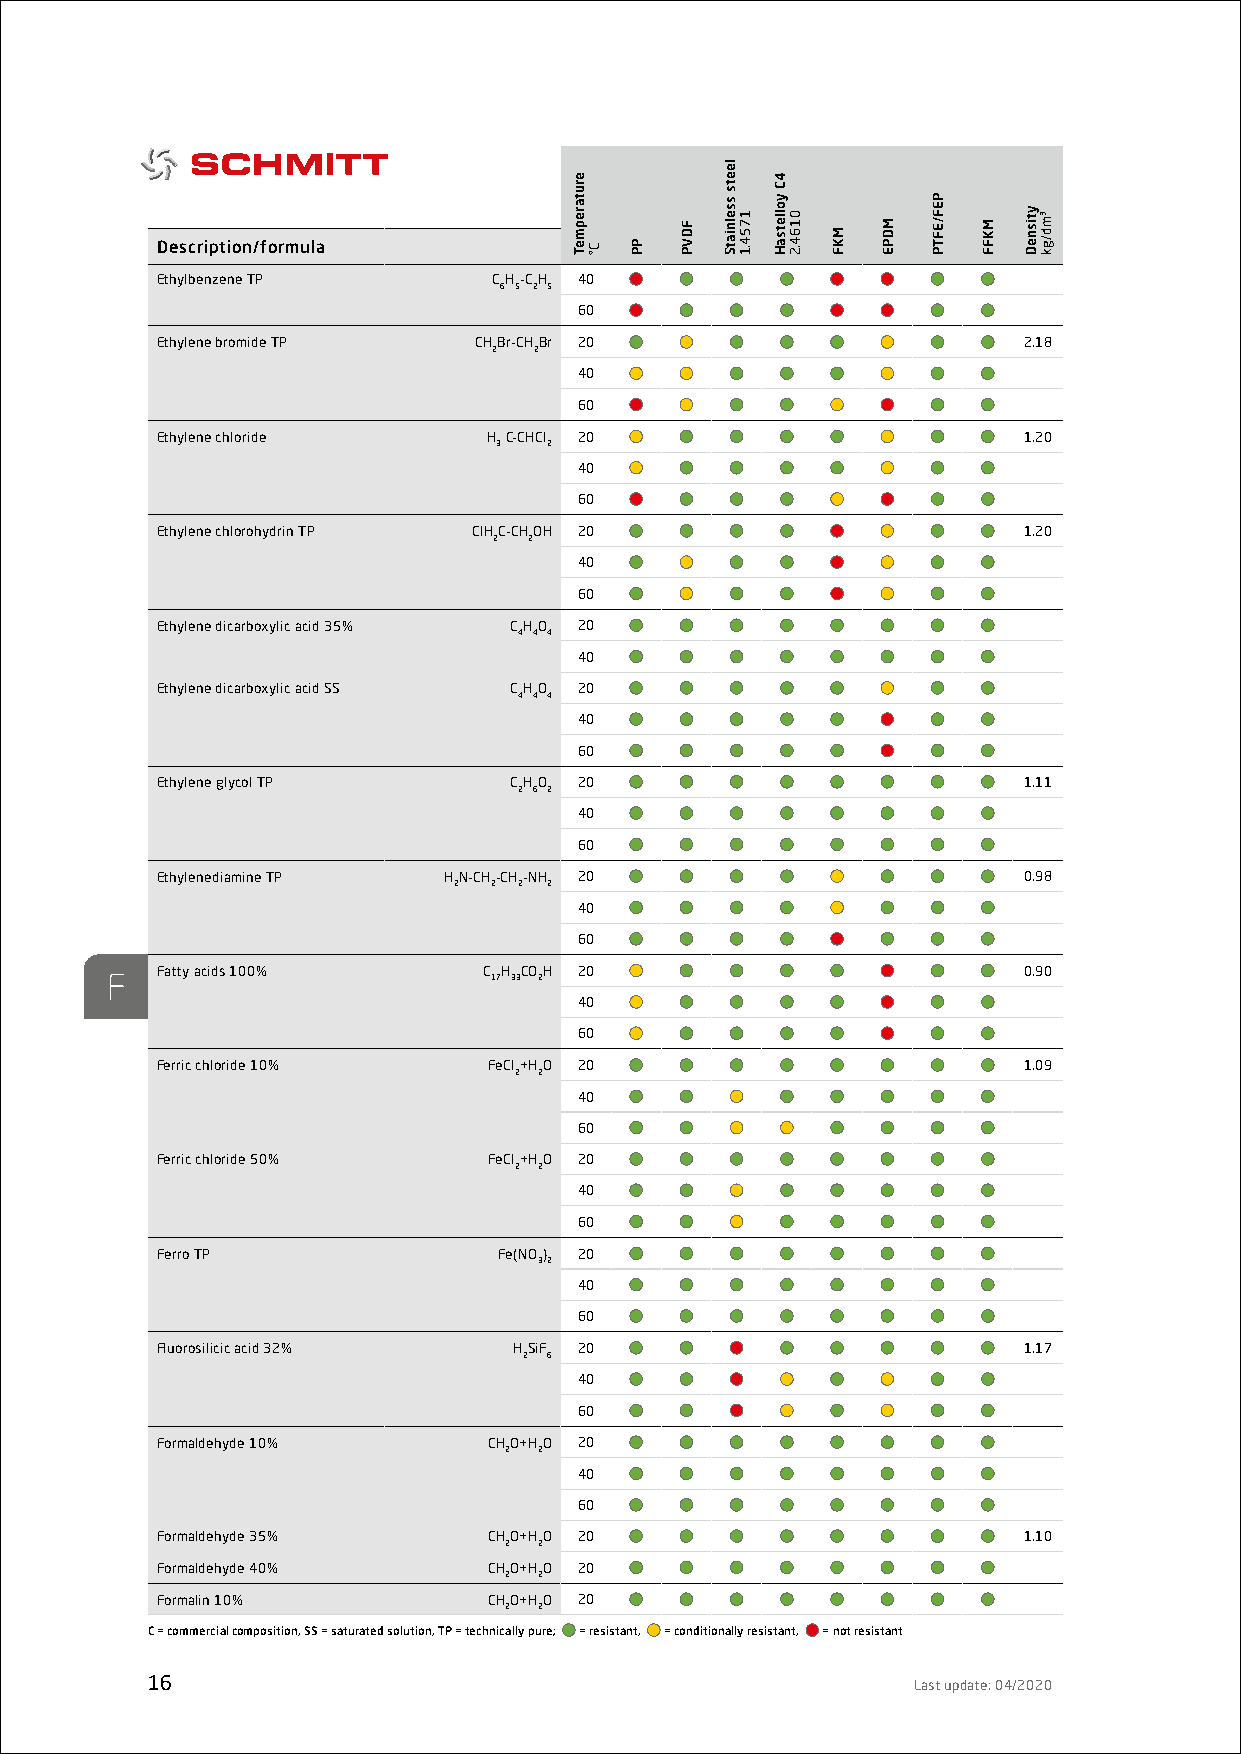
Description/formula
 Ethylbenzene TP        CH-CH 40
 6 5 2 5
 60
 Ethylene bromide TP  CHBr-CHBr 20                         2.18
 2 2
 40
 60
 Ethylene chloride     H C-CHCl 20                         1.20
 3  2
 40
 60
 Ethylene chlorohydrin TP ClHC-CHOH 20                     1.20
 2 2
 40
 60
 Ethylene dicarboxylic acid 35% CHO 20
 4 4 4
 40
 Ethylene dicarboxylic acid SS CHO 20
 4 4 4
 40
 60
 Ethylene glycol TP      CHO 20                            1.11
 2 6 2
 40
 60
 Ethylenediamine TP HN-CH-CH-NH 20                         0.98
 2 2 2 2
 40
 60
 Fatty acids 100%      C H COH 20                          0.90
 F                         17 33 2
 40
 60
 Ferric chloride 10%   FeCl+HO 20                          1.09
 2 2
 40
 60
 Ferric chloride 50%   FeCl+HO 20
 2 2
 40
 60
 Ferro TP               Fe(NO) 20
 32
 40
 60
 Fluorosilicic acid 32%  HSiF 20                           1.17
 2 6
 40
 60
 Formaldehyde 10%      CHO+HO 20
 2  2
 40
 60
 Formaldehyde 35%      CHO+HO 20                           1.10
 2  2
 Formaldehyde 40%      CHO+HO 20
 2  2
 Formalin 10%          CHO+HO 20
 2  2
 C = commercial composition, SS = saturated solution, TP = technically pure; = resistant, = conditionally resistant, = not resistant
 16                                                Last update: 04/2020
 erutarepmeT
 C° PP
 FDVP
 leets
 sselniatS
 1754.1
 4C
 yolletsaH
 0164.2
 MKF
 MDPE
 PEF/EFTP
 MKFF
 ytisneD ³md/gk